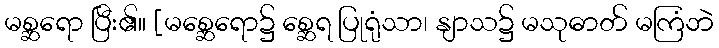
မစ္ဆရော ပြီး၏။ [မစ္ဆေရော၌ စ္ဆေရ ပြုရုံသာ၊ နျာသ၌ မသုဓာတ် မကြံဘဲ